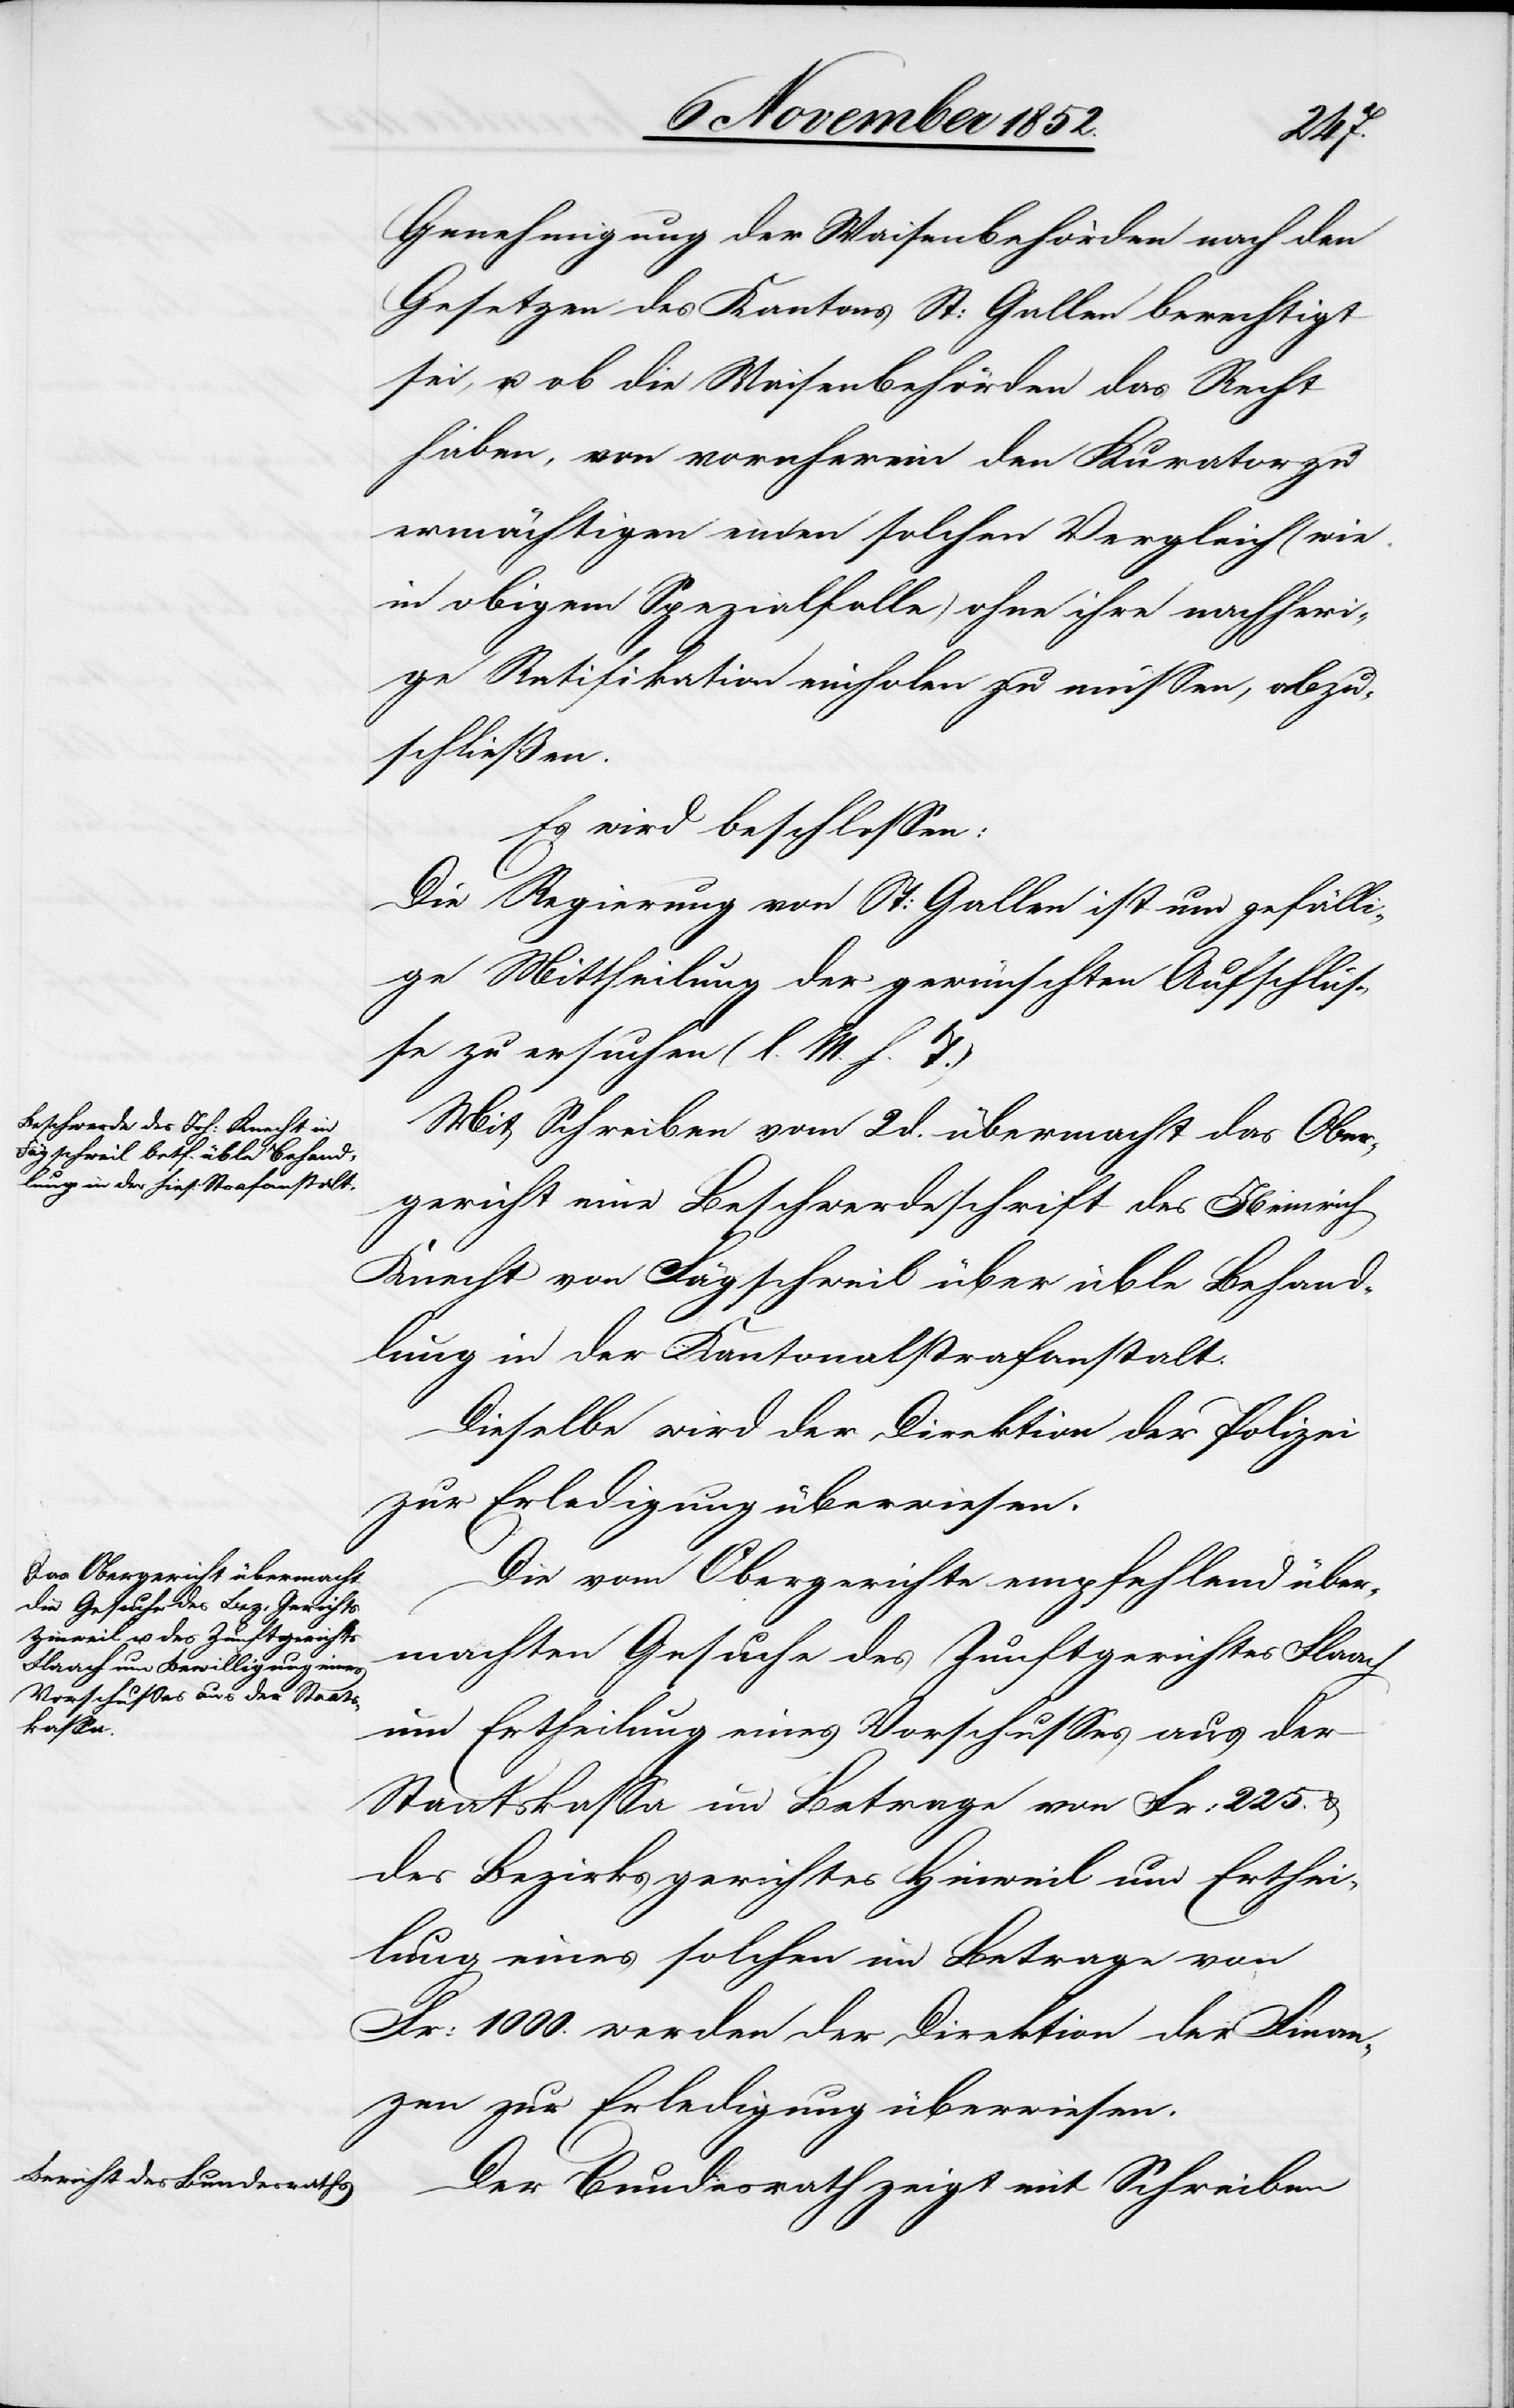
Genehmigung der Waisenbehörden nach den
Gesetzen des Kantons St: Gallen berechtigt
sei, u. ob die Waisenbehörden das Recht
haben, von vornherein den Kurator zu
ermächtigen einen solchen Vergleich (wie
in obigem Spezialfalle) ohne ihre nachheri¬
ge Ratifikation einholen zu müssen, abzu¬
schließen.
Es wird beschlossen:
Die Regierung von St: Gallen ist um gefälli¬
ge Mittheilung der gewünschten Aufschlüs¬
se zu ersuchen (l. M. h. T.)
Mit Schreiben vom 2 d. übermacht das Ober¬
gericht eine Beschwerdeschrift des Heinrich
Knecht von Fägschweil über üble Behand¬
lung in der Kantonalstrafanstalt.
Dieselbe wird der Direktion der Polizei
zur Erledigung überwiesen.
Die vom Obergerichte empfehlend über¬
machten Gesuche des Zunftgerichtes Flaach
um Ertheilung eines Vorschusses aus der
Staatskassa im Betrage von Fr: 225. &
des Bezirksgerichtes Hinweil um Erthei¬
lung eines solchen im Betrage von
Fr: 1000. werden der Direktion der Finan¬
zen zur Erledigung überwiesen.
Der Bundesrath zeigt mit Schreiben